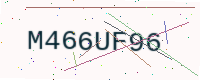
Text: M466UF96